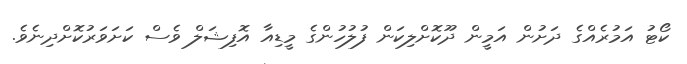
ކޯޓު އަމުރެއްގެ ދަށުން އަމީން ދޫކޮށްލިކަން ފުލުހުންގެ މީޑިއާ އޮފިޝަލް ވެސް ކަށަވަރުކޮށްދިނެވެ.